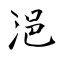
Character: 浥